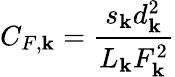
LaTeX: C_{F,\mathbf{k}}=\frac{{s_{\mathbf{k}}d_{\mathbf{k}}^{2}}}{{L_{\mathbf{k}}F_{\mathbf{k}}^{2}}}